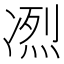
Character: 𠗹